Report of the Bombay Plague Committee
Disease focus: Plague
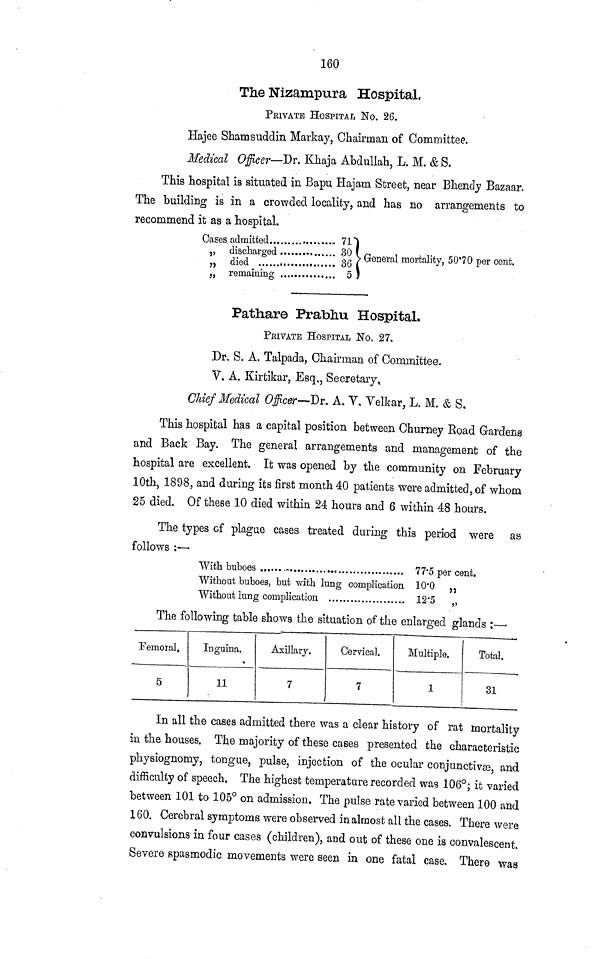
160
The Nizampura Hospital,
PRIVATE HOSPITAL No. 26.
Hajee Shamsuddin Markay, Chairman of Committee.
Medical Officer—Dr. Khaja Abdullah, L. M. &S.
This hospital is situated in Bapu Hajam Street, near Bhendy Bazaar.
The building is in a crowded locality, and has no arrangements to
recommend it as a hospital.
Cases admitted
71)
„ discharged..................... 30 ( General mortality, 50·70 per cent.
„ remaining
5
Pathare Prabliu Hospital.
PEIVATB HOSPITAL No, 27,
Dr. S. A. Talpada, Chairman of Committee.
V, A. Kirtikar, Esq,, Secretary,
Chief Medical Officer—Dr. A. V. Yelkar, L. M. & S.
This hospital has a capital position between Churney Road Gardens
and Back Bay. The general arrangements and management of the
hospital are excellent. It was opened by the community on February
10th, 1898, and during its first month 40 patients were admitted, of whom
25 died. Of these 10 died within 24 hours and 6 within 48 hours.
The types of plague cases treated during this period were as
follows :—
With buboes
Without buboes, but with lung complication
Without lung complication
77·5 per cent.
10·0 „
12·5
„
The following table shows the situation of the enlarged glands :—•
Femoral.
5
In guiña.
11
Axillary.
7
Cervical.
7
Multiple,
1
Total.
31
In all the cases admitted there was a clear history of rat mortality
in the houses. The majority of these cases presented the characteristic
physiognomy, tongue, pulse, injection of the ocular conjunctivse, and
difficulty of speech. The highest temperature recorded was 106°; it varied
between 101 to 105° on admission. The pulse rate varied between 100 and
160. Cerebral symptoms were observed in almost all the cases. There were
convulsions in four cases (children), and out of these one is convalescent.
Severe spasmodic movements were seen in one fatal case. There was